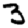
Digit: 3